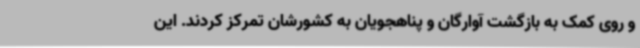
و روی کمک به بازگشت آوارگان و پناهجویان به کشورشان تمرکز کردند. این